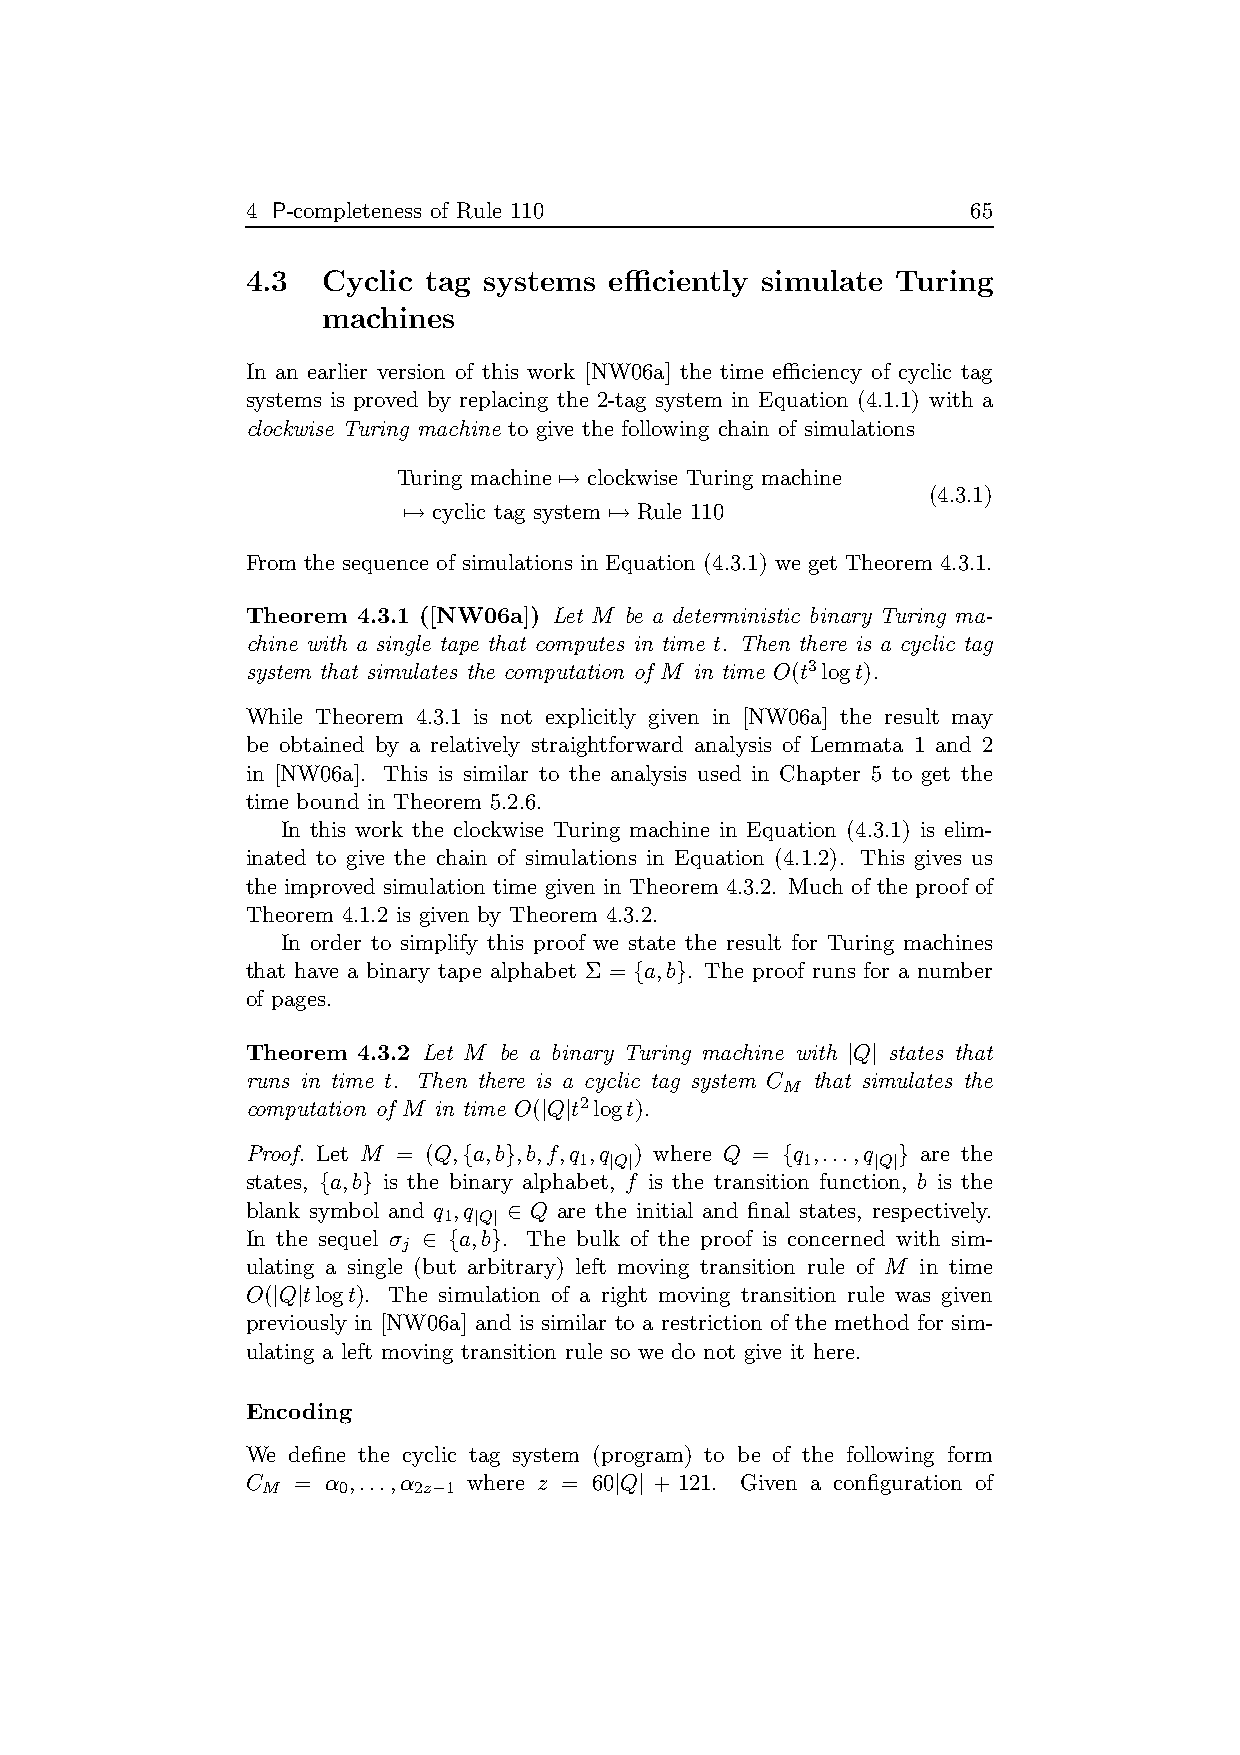
4 P-completeness of Rule 110                    65
 4.3  Cyclic tag systems efficiently simulate Turing
 machines
 In an earlier version of this work [NW06a] the time efficiency of cyclic tag
 systems is proved by replacing the 2-tag system in Equation (4.1.1) with a
 clockwise Turing machine to give the following chain of simulations
 Turing machine 7→ clockwise Turing machine
 (4.3.1)
 7→ cyclic tag system 7→ Rule 110
 From the sequence of simulations in Equation (4.3.1) we get Theorem 4.3.1.
 Theorem 4.3.1 ([NW06a]) Let M be a deterministic binary Turing ma-
 chine with a single tape that computes in time t. Then there is a cyclic tag
 system that simulates the computation of M in time O(t3logt).
 While Theorem 4.3.1 is not explicitly given in [NW06a] the result may
 be obtained by a relatively straightforward analysis of Lemmata 1 and 2
 in [NW06a]. This is similar to the analysis used in Chapter 5 to get the
 time bound in Theorem 5.2.6.
 In this work the clockwise Turing machine in Equation (4.3.1) is elim-
 inated to give the chain of simulations in Equation (4.1.2). This gives us
 the improved simulation time given in Theorem 4.3.2. Much of the proof of
 Theorem 4.1.2 is given by Theorem 4.3.2.
 In order to simplify this proof we state the result for Turing machines
 that have a binary tape alphabet Σ = {a,b}. The proof runs for a number
 of pages.
 Theorem 4.3.2 Let M be a binary Turing machine with |Q| states that
 runs in time t. Then there is a cyclic tag system C that simulates the
 M
 computation of M in time O(|Q|t2logt).
 Proof. Let M = (Q,{a,b},b,f,q ,q ) where Q = {q ,...,q } are the
 1 |Q|          1    |Q|
 states, {a,b} is the binary alphabet, f is the transition function, b is the
 blank symbol and q ,q ∈ Q are the initial and final states, respectively.
 1 |Q|
 In the sequel σ ∈ {a,b}. The bulk of the proof is concerned with sim-
 j
 ulating a single (but arbitrary) left moving transition rule of M in time
 O(|Q|tlogt). The simulation of a right moving transition rule was given
 previously in [NW06a] and is similar to a restriction of the method for sim-
 ulating a left moving transition rule so we do not give it here.
 Encoding
 We define the cyclic tag system (program) to be of the following form
 C  =  α ,...,α where z = 60|Q| + 121. Given a configuration of
 M    0    2z−1